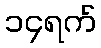
၁၄ရက်